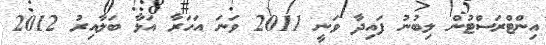
އިންޓްރަސްޓުން ލިބުނު ފައިދާ ވަނީ 2011 ވަނަ އަހަރާ އަޅާ ބަލާއިރު 2012